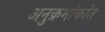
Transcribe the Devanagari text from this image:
अनुक्रमांकांत